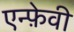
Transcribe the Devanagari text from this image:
एन्फ़ेवी